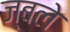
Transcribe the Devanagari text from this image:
ज्बले